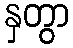
နှတွာ